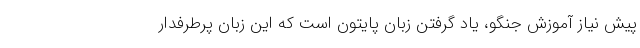
پیش‌ نیاز آموزش جنگو، یاد گرفتن زبان پایتون است که این زبان پرطرفدار